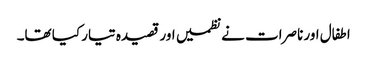
اطفال اور ناصرات نے نظمیں اور قصیدہ تیار کیا تھا۔